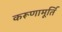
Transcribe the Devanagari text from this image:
करूणामूर्ति